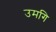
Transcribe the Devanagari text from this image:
उमगि